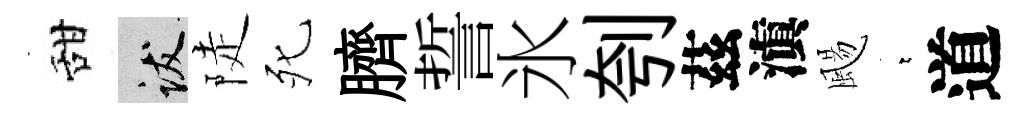
甜跋陡死臍誓氷刳茲滇颺萋道